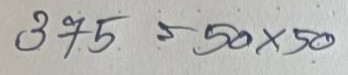
375 = 50x50